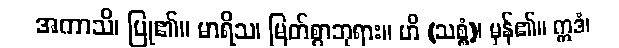
အကာသိ၊ ပြု၏။ မာရိသ၊ မြတ်စွာဘုရား။ ဟိ (သစ္စံ)၊ မှန်၏။ ဣဒံ၊